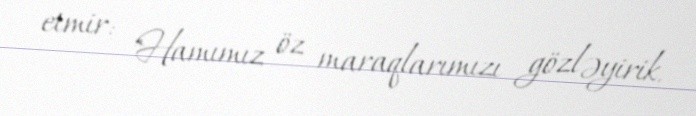
etmir: "Hamımız öz maraqlarımızı gözləyirik.